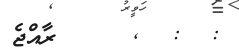
:  :